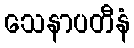
သေနာပတီနံ